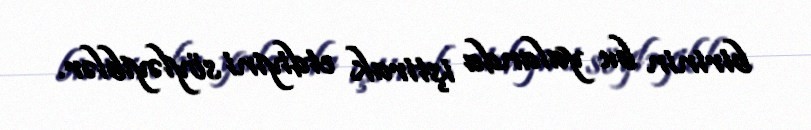
birinin bu yalanda iştirak etdiyini söyləyiblər.